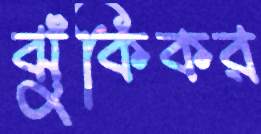
ঝুঁকিকর